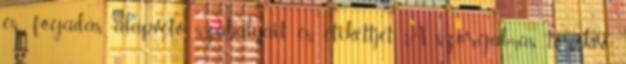
és -fogadás alapvetô szabályait és etikettjét. A szorgalmas, törekvô